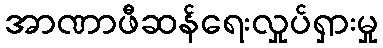
အာဏာဖီဆန်ရေးလှုပ်ရှားမှု